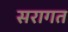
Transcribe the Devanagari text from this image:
सरागत